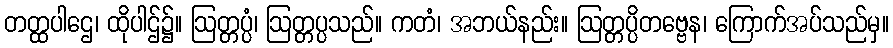
တတ္ထပါဌေ၊ ထိုပါဌ်၌။ ဩတ္တပ္ပံ၊ ဩတ္တပ္ပသည်။ ကတံ၊ အဘယ်နည်း။ ဩတ္တပ္ပိတဗ္ဗေန၊ ကြောက်အပ်သည်မှ။